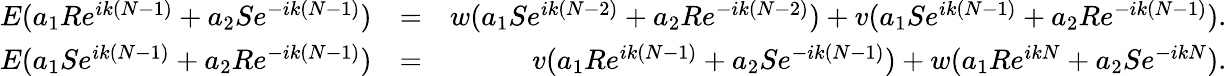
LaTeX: \begin{array}{rlr}{E(a_{1}Re^{ik(N-1)}+a_{2}Se^{-ik(N-1)})}&{=}&{w(a_{1}Se^{ik(N-2)}+a_{2}Re^{-ik(N-2)})+v(a_{1}Se^{ik(N-1)}+a_{2}Re^{-ik(N-1)}).}\\ {E(a_{1}Se^{ik(N-1)}+a_{2}Re^{-ik(N-1)})}&{=}&{v(a_{1}Re^{ik(N-1)}+a_{2}Se^{-ik(N-1)})+w(a_{1}Re^{ikN}+a_{2}Se^{-ikN}).}\end{array}